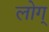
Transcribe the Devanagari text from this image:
लोग्